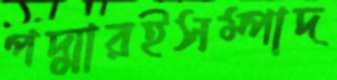
পদ্মারইসম্পাদ